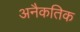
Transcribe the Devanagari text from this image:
अनैकतिक